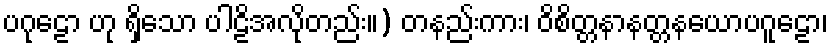
ပဂုဠော ဟု ရှိသော ပါဠိအလိုတည်း။) တနည်းကား၊ ဝိစိတ္တနာနတ္တနယောပဂူဠော၊